Vaccination in the Punjab 1867-1880 - 1867-1880
Year: 1867
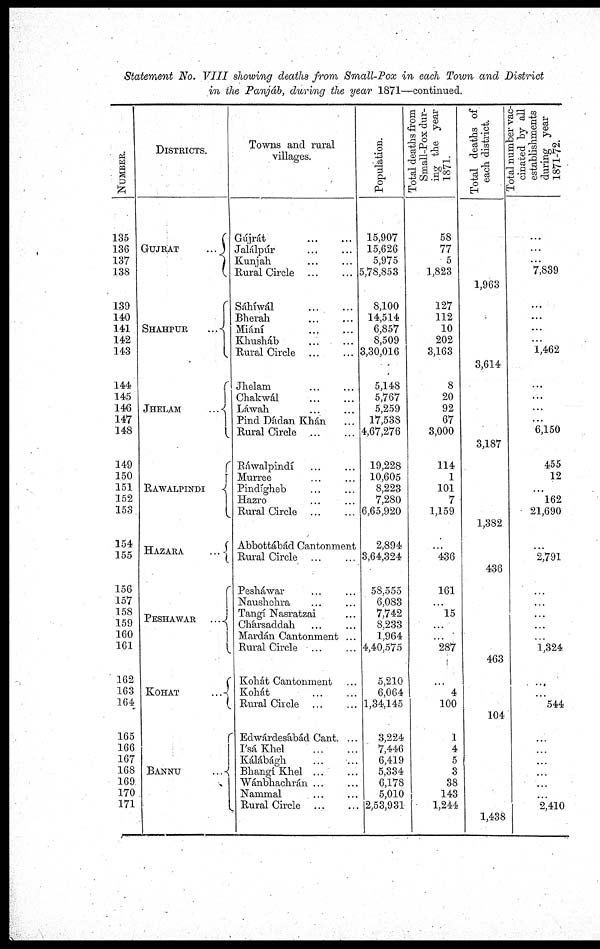
Statement No. VIII showing deaths from Small-Pox in each Town and District
in the Panjád, during the year 1871—continued.
NUMBER.
135
136
137
138
1,39
140
141
142
143
144
145
146
147
148
149
150
151
152
153
154
155
156
157
158
159
160
161
162
163
164
165
166
167
168
169
170
171
DISTRICTS.
GUJRAT
...
SHAHPUR
...
JHELAM
...
RAWALPINDI ...
HAZARA
...
PESHAWAR
...
KOHAT
...
BANNU
...
Towns and rural
villages.
Gújrát
...
...
Jalálpúr ... ...
Kunjah ... ...
Rural Circle ... ...
Sáhíwál ... ...
Bherah ... ...
Miání ... ...
Khusháb
...
...
Rural Circle ... ...
Jhelam ... ...
Chakwál ... ...
Láwah ... ...
Pind Dádan Khán ...
Rural Circle ... ...
Ráwalpindí ... ...
Murree ... ...
Pindígheb ... ...
Hazro ... ...
Rural Circle ... ...
Abbottábád Cantonment
Rural Circle ... ...
Pesháwar ... ...
Naushehra ... ...
Tangí Nasratzai ... ...
Chársaddah ... ...
Mardán Cantonment ...
Rural Circle ... ...
Koliát Cantonment ...
Kohát
...
...
Rural Circle ... ...
Edwárdesábád Cant. ...
I'sá Khel
...
...
Kálábágh
...
...
Bhangí Khel ... ...
Wánbhachrán ... ...
Nammal ... ...
Rural Circle ... ...
Population.
15,907
15,626
5,975
5,78,853
8,100
14,514
6,857
8,509
3,30,016
5,148
5,767
5,259
17,538
4,67,276
19,228
10,605
8,223
7,280
6,65,920
2,894
3,64,324
58,555
6,083
7,742
8,233
1,964
4,40,575
5,210
6,064
1,34,145
3,224
7,446
6,419
5,334
6,178
5,010
2,53,931
Total deaths from
Small-Pox dur-
ing the year
1871.
58
77
5
1,823
127
112
10
202
3,163
8
20
92
67
3,000
114
1
101
7
1,159
...
436
161
...
15
...
...
287
...
4
100
1
4
5
3
38
143
1,244
Total deaths of
each district.
1,963
3,614
3,187
1,382
436
463
104
1,438
Total number vac-
cinated by all
establishments
during year
1871-72.
...
...
...
7,839
...
...
...
...
1,462
...
...
...
...
6,150
455
12
...
162
21,690
...
2,791
...
...
...
...
...
1,324
...
...
544
...
...
...
...
...
...
...
2,410